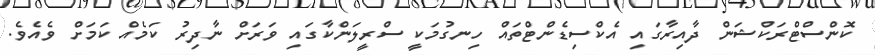
ކޮންސްޓްރަކްޝަން ދާއިރާގައި އެކްސިޑެންޓްތައް ހިނގުމަކީ ސްރީލަންކާގައި ވަރަށް ނާދިރު ކަމެއް ކަމަށް ވެއެވެ.